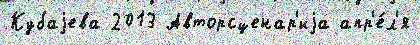
Кубаjева 2013 Авторсценар'иjа апр'е́л'я